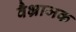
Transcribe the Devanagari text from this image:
वैभ्राजक